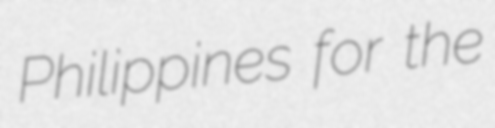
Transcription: Philippines for the